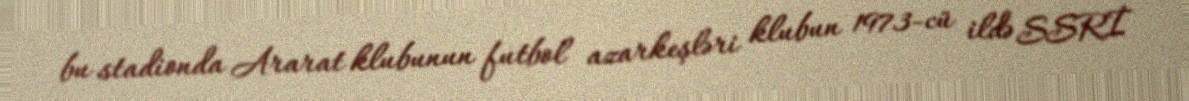
bu stadionda Ararat klubunun futbol azarkeşləri klubun 1973-cü ildə SSRİ